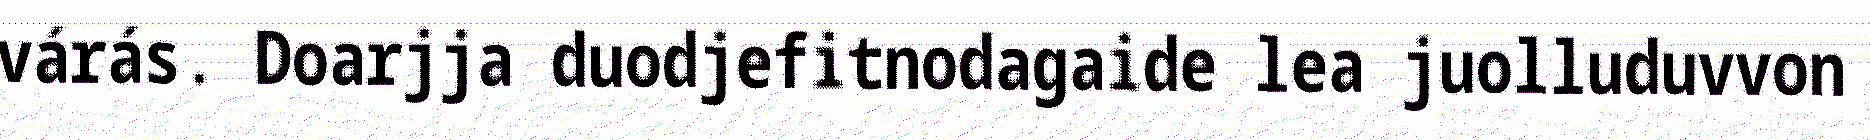
várás. Doarjja duodjefitnodagaide lea juolluduvvon